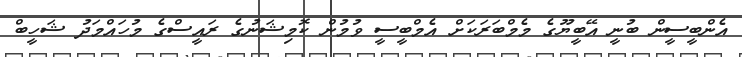
އެންބީސީން ބުނީ އޭބީޔޫގެ މެމްބަރަކަށް އެމްބީސީ ވުމުން ކޮމިޝަނުގެ ރައީސްގެ މުހައްމަދު ޝަހީބް